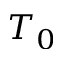
T _ { 0 }